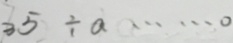
3 5 \div a \cdots 0